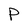
Character: P